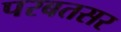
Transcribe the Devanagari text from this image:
परबतसर